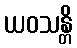
ယဝသန္တိ